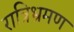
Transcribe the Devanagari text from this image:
रात्रिभ्रमण